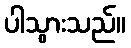
ပါသွားသည်။